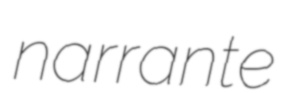
narrante